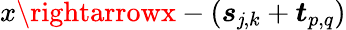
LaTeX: x\rightarrowx-\left(\boldsymbol{s}_{\mathit{j},k}+\boldsymbol{t}_{p,q}\right)